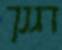
דגנך